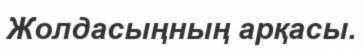
Жолдасыңның арқасы.